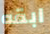
ابقه